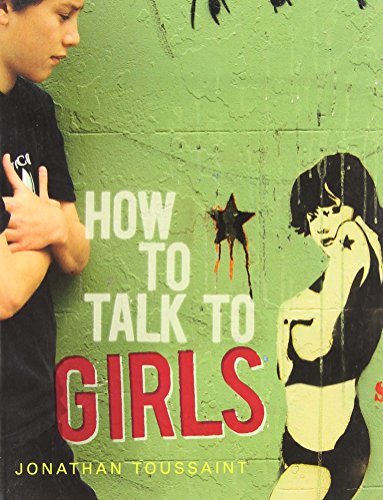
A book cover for How to Talk to Girls; Jonathan Toussaint; Teen & Young Adult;